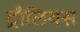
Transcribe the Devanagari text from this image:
ट्रौलियस